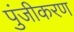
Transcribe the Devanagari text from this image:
पुंजीकरण